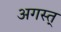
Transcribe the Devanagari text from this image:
अगस्त्